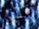
أعدت